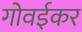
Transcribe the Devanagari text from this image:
गोवईकर